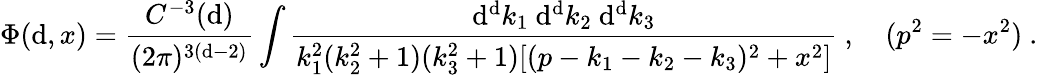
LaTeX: \Phi(\mathrm{d},x)=\frac{{C^{-3}(\mathrm{d})}}{{(2\pi)^{3(\mathrm{d}-2)}}}\int\frac{{\mathrm{d}^{\mathrm{d}}k_{1}\ \mathrm{d}^{\mathrm{d}}k_{2}\ \mathrm{d}^{\mathrm{d}}k_{3}}}{{k_{1}^{2}(k_{2}^{2}+1)(k_{3}^{2}+1)[(p-k_{1}-k_{2}-k_{3})^{2}+x^{2}]}}\ ,\quad(p^{2}=-x^{2})\ .